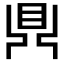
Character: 𪔂